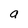
Character: a